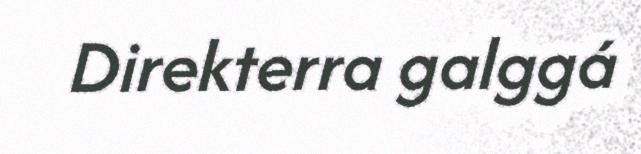
Direkterra galggá